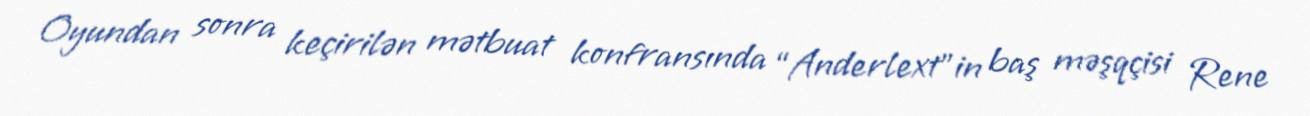
Oyundan sonra keçirilən mətbuat konfransında “Anderlext”in baş məşqçisi Rene